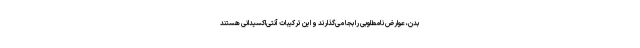
بدن، عوارض نامطلوبی را بجا می‌گذارند و این ترکیبات آنتی‌اکسیدانی هستند